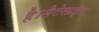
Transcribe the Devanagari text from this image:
है।सैटेलाइट